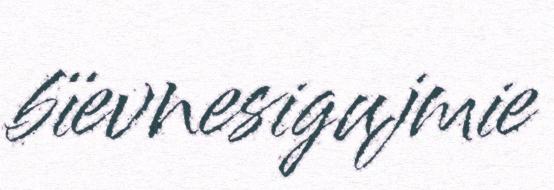
bïevnesigujmie